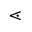
\lessdot